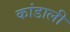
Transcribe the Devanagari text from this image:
कांडाली